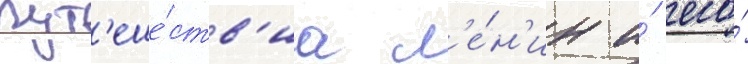
пут'еше́ств'иа л'е́н'ин и́ его́